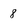
Character: 8